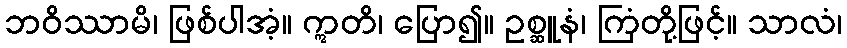
ဘဝိဿာမိ၊ ဖြစ်ပါအံ့။ ဣတိ၊ ပြော၍။ ဥစ္ဆူနံ၊ ကြံတို့ဖြင့်။ သာလံ၊